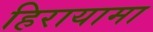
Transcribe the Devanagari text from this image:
हिरायामा